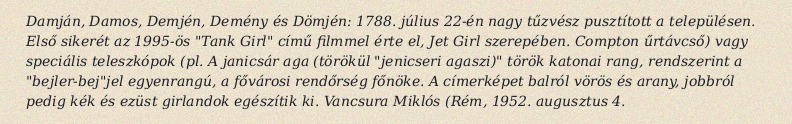
Damján, Damos, Demjén, Demény és Dömjén: 1788. július 22-én nagy tűzvész pusztított a településen. Első sikerét az 1995-ös "Tank Girl" című filmmel érte el, Jet Girl szerepében. Compton űrtávcső) vagy speciális teleszkópok (pl. A janicsár aga (törökül "jenicseri agaszi)" török katonai rang, rendszerint a "bejler-bej"jel egyenrangú, a fővárosi rendőrség főnöke. A címerképet balról vörös és arany, jobbról pedig kék és ezüst girlandok egészítik ki. Vancsura Miklós (Rém, 1952. augusztus 4.